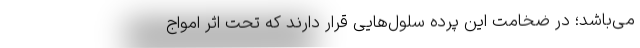
می‌باشد؛ در ضخامت این پرده سلول‌هایی قرار دارند که تحت اثر امواج